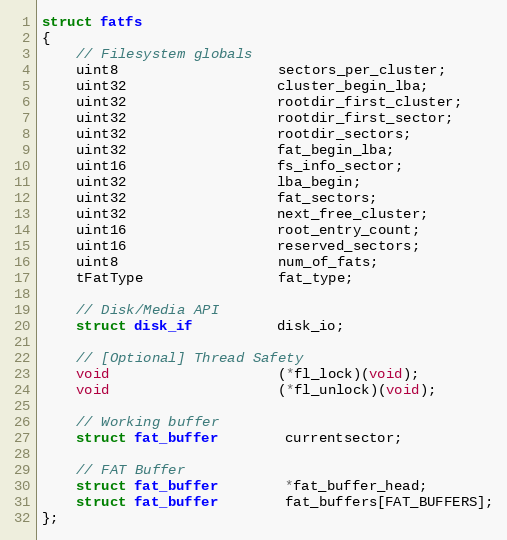
Language: C
struct fatfs
{
    // Filesystem globals
    uint8                   sectors_per_cluster;
    uint32                  cluster_begin_lba;
    uint32                  rootdir_first_cluster;
    uint32                  rootdir_first_sector;
    uint32                  rootdir_sectors;
    uint32                  fat_begin_lba;
    uint16                  fs_info_sector;
    uint32                  lba_begin;
    uint32                  fat_sectors;
    uint32                  next_free_cluster;
    uint16                  root_entry_count;
    uint16                  reserved_sectors;
    uint8                   num_of_fats;
    tFatType                fat_type;

    // Disk/Media API
    struct disk_if          disk_io;

    // [Optional] Thread Safety
    void                    (*fl_lock)(void);
    void                    (*fl_unlock)(void);

    // Working buffer
    struct fat_buffer        currentsector;

    // FAT Buffer
    struct fat_buffer        *fat_buffer_head;
    struct fat_buffer        fat_buffers[FAT_BUFFERS];
};